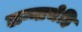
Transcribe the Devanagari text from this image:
लग्नाचेहि